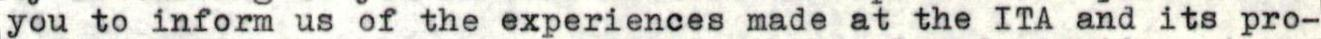
you to inform us of the experiences made at the ITA and its pro-